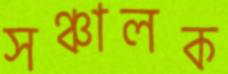
সঞ্চালক